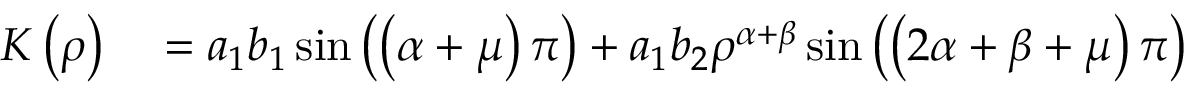
\begin{array} { r l } { K \left( \rho \right) } & { { } = a _ { 1 } b _ { 1 } \sin \left( \left( \alpha + \mu \right) \pi \right) + a _ { 1 } b _ { 2 } \rho ^ { \alpha + \beta } \sin \left( \left( 2 \alpha + \beta + \mu \right) \pi \right) } \end{array}